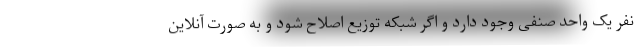
نفر یک واحد صنفی وجود دارد و اگر شبکه توزیع اصلاح شود و به صورت آنلاین